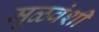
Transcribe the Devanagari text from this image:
मूळवंशी